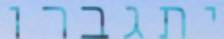
יתגברו